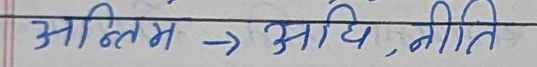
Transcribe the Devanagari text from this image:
अन्तिम → अधि, नीति